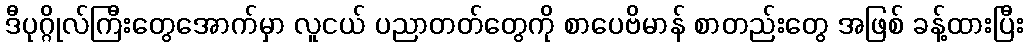
ဒီပုဂ္ဂိုလ်ကြီးတွေအောက်မှာ လူငယ် ပညာတတ်တွေကို စာပေဗိမာန် စာတည်းတွေ အဖြစ် ခန့်ထားပြီး